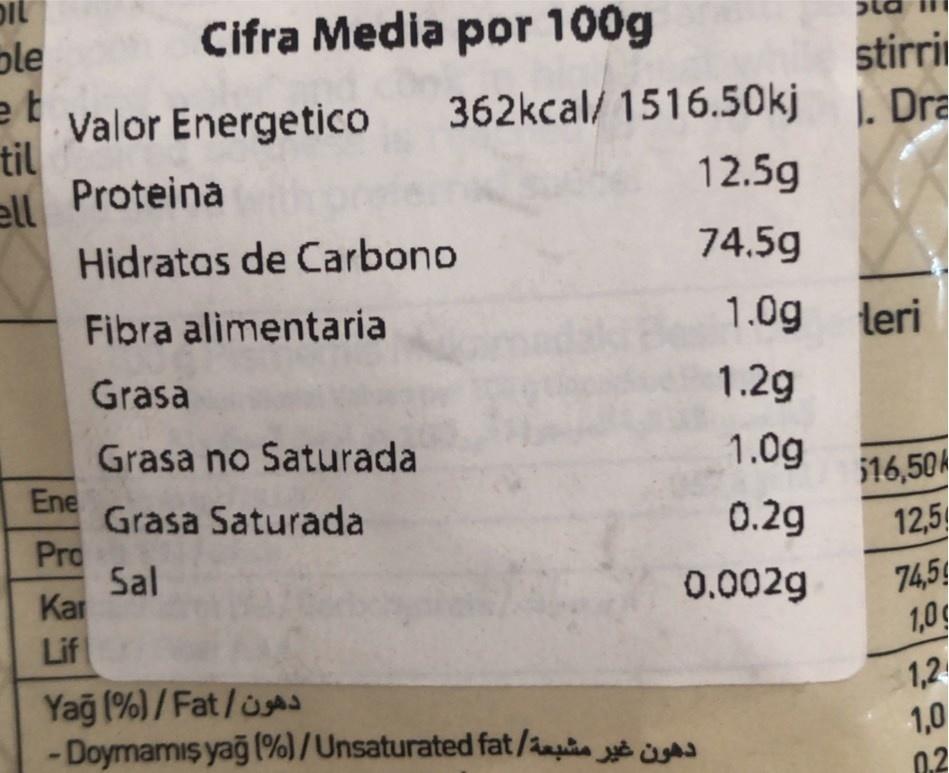
pil
ole
Cifra Media por 100g
stirri
e t Valor Energetico 362kcal/ 1516.50kj 1. Dra til
ell Proteina
12.5g
Hidratos de Carbono
74.5g
Fibra alimentaria
1.0g leri
Grasa
1.2g
Grasa no Saturada Ene Grasa Saturada Pro Sal Kar
1.0g
i16,50 12,5
0.2g
74,5 1,0g
0.002g
Lif
Yağ (%)/Fat/u -Doymamış yağ (%)/ Unsaturated fat/ais
1,2 1,0 0.2